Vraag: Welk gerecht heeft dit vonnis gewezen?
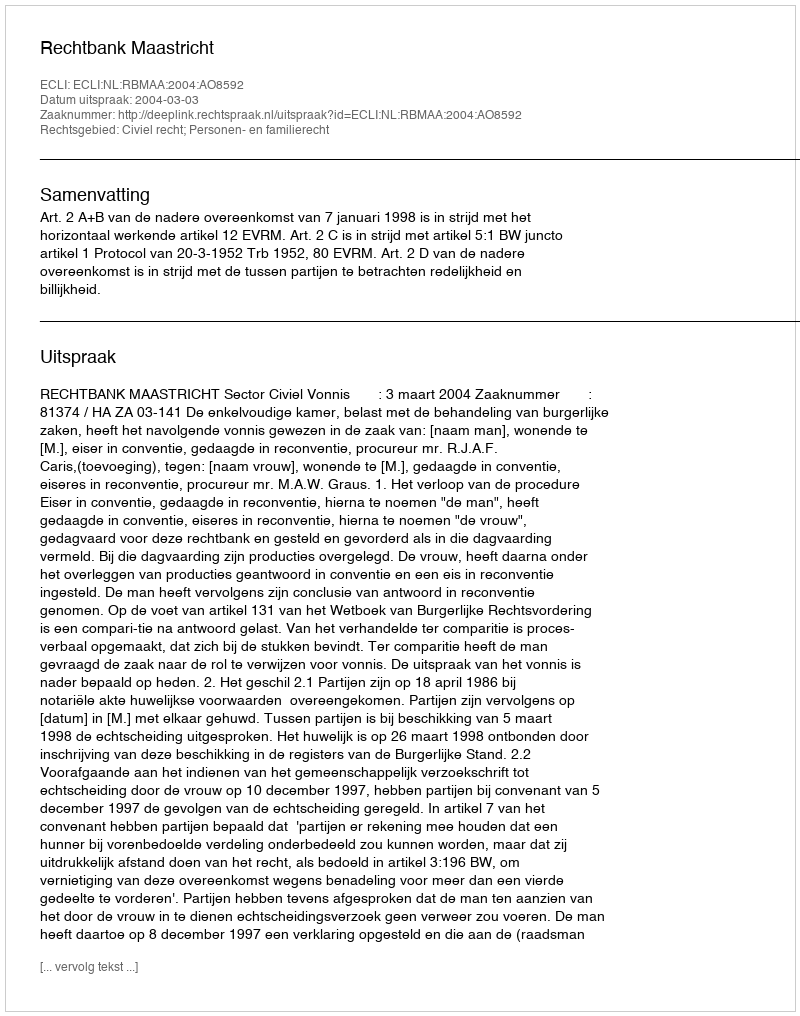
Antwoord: Rechtbank Maastricht